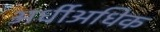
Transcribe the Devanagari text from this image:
अर्धीअधिक